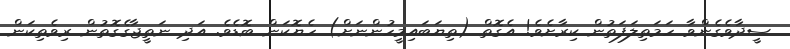
ސީދާވެގެންވާ ހަމަތިލަފަތުން ކިރާށެވެ! އެގޮތް (ތިޔަބައިމީހުންނަށް) ހެޔޮކަން ބޮޑެވެ. އަދި ނަތީޖާގެގޮތުން ރިވެތިކަން